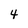
Character: 4